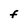
Character: F